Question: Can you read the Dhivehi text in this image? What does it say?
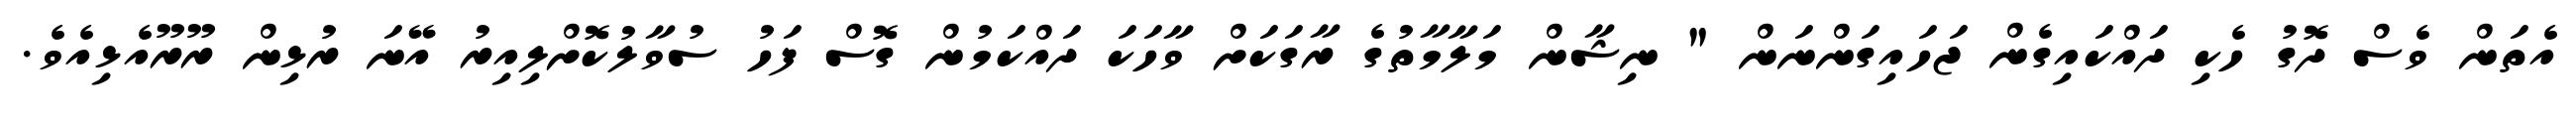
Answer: އެތަން ވެސް ދޮގު ހެކި ދައްކައިގެން ޖަހައިގަންނަން " ނިޝާން މަލާމާތުގެ ރާގަކަށް ވާހަކަ ދައްކަމުން ގޮސް ފަހު ސުވާލުކޮށްލިއިރު އޭނަ ރުޅިން ރޫރޫއެޅިއެވެ.